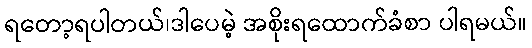
ရတော့ရပါတယ်၊ဒါပေမဲ့ အစိုးရထောက်ခံစာ ပါရမယ်။